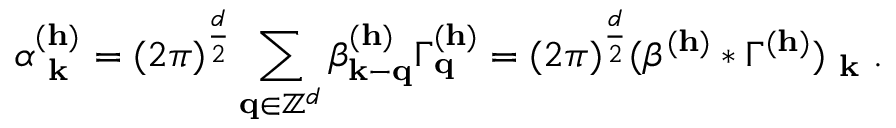
\alpha _ { \textbf { k } } ^ { ( \mathbf { h } ) } = ( 2 \pi ) ^ { \frac { d } { 2 } } \sum _ { \mathbf { q } \in \mathbb { Z } ^ { d } } \beta _ { \mathbf { k } - \mathbf { q } } ^ { ( \mathbf { h } ) } \Gamma _ { \mathbf { q } } ^ { ( \mathbf { h } ) } = ( 2 \pi ) ^ { \frac { d } { 2 } } ( \beta ^ { ( \mathbf { h } ) } \ast \Gamma ^ { ( \mathbf { h } ) } ) _ { \textbf { k } } .